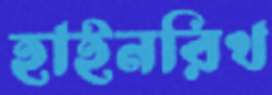
হাইনরিখ